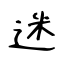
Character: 迷